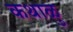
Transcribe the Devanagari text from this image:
कथाळु